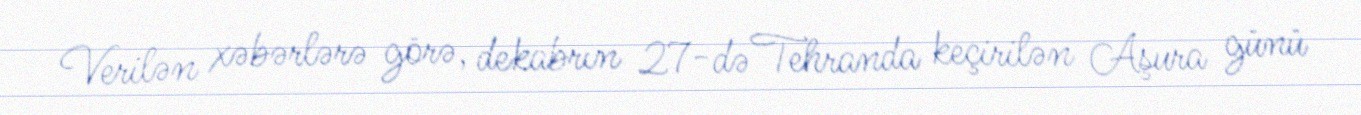
Verilən xəbərlərə görə, dekabrın 27-də Tehranda keçirilən Aşura günü